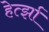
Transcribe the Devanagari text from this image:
हेर्त्झा